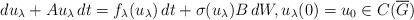
LaTeX: \begin{align*} du_\lambda + Au_\lambda\,dt = f_\lambda(u_\lambda)\,dt + \sigma(u_\lambda)B\,dW, u_\lambda(0)=u_0 \in C(\overline{G})\end{align*}